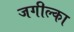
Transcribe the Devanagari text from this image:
जगील्का